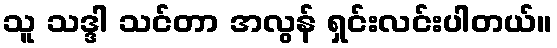
သူ သဒ္ဒါ သင်တာ အလွန် ရှင်းလင်းပါတယ်။